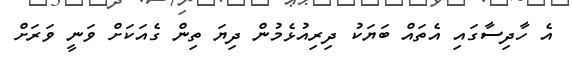
އެ ހާދިސާގައި އެތައް ބަޔަކު ދިރިއުޅެމުން ދިޔަ ތިން ގެއަކަށް ވަނީ ވަރަށް